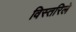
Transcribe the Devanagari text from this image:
विस्तरिले